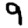
Digit: 9